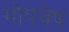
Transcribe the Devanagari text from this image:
गोपवेषं